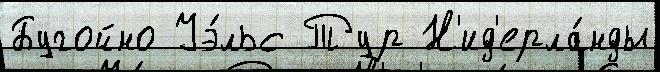
Бугойно Уэ́льс Тур Н'ид'ерла́нды